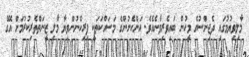
މާލިވިޔުމުގައި ދެޖިންސުގެ މީހުން ބައިވެރިވާނެއެވެ. އަންހެނުންގެ މަސައްކަތަކީ ފިރިހެނުންވިޔާ މާލި ޒީނަތްތެރިކުރުމަށް އޭގެ